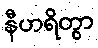
နီဟရိတွာ